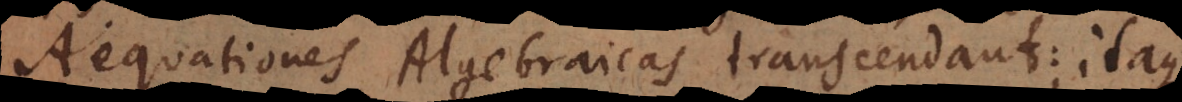
t Algebraicas transcendant; itaque